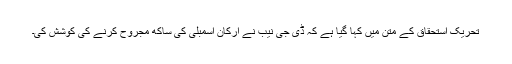
تحریک استحقاق کے متن میں کہا گیا ہے کہ ڈی جی نیب نے ارکان اسمبلی کی ساکھ مجروح کرنے کی کوشش کی۔